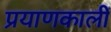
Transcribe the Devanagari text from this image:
प्रयाणकालीं